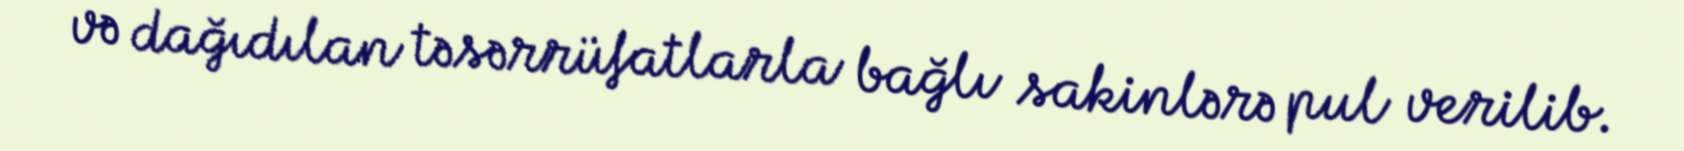
və dağıdılan təsərrüfatlarla bağlı sakinlərə pul verilib.